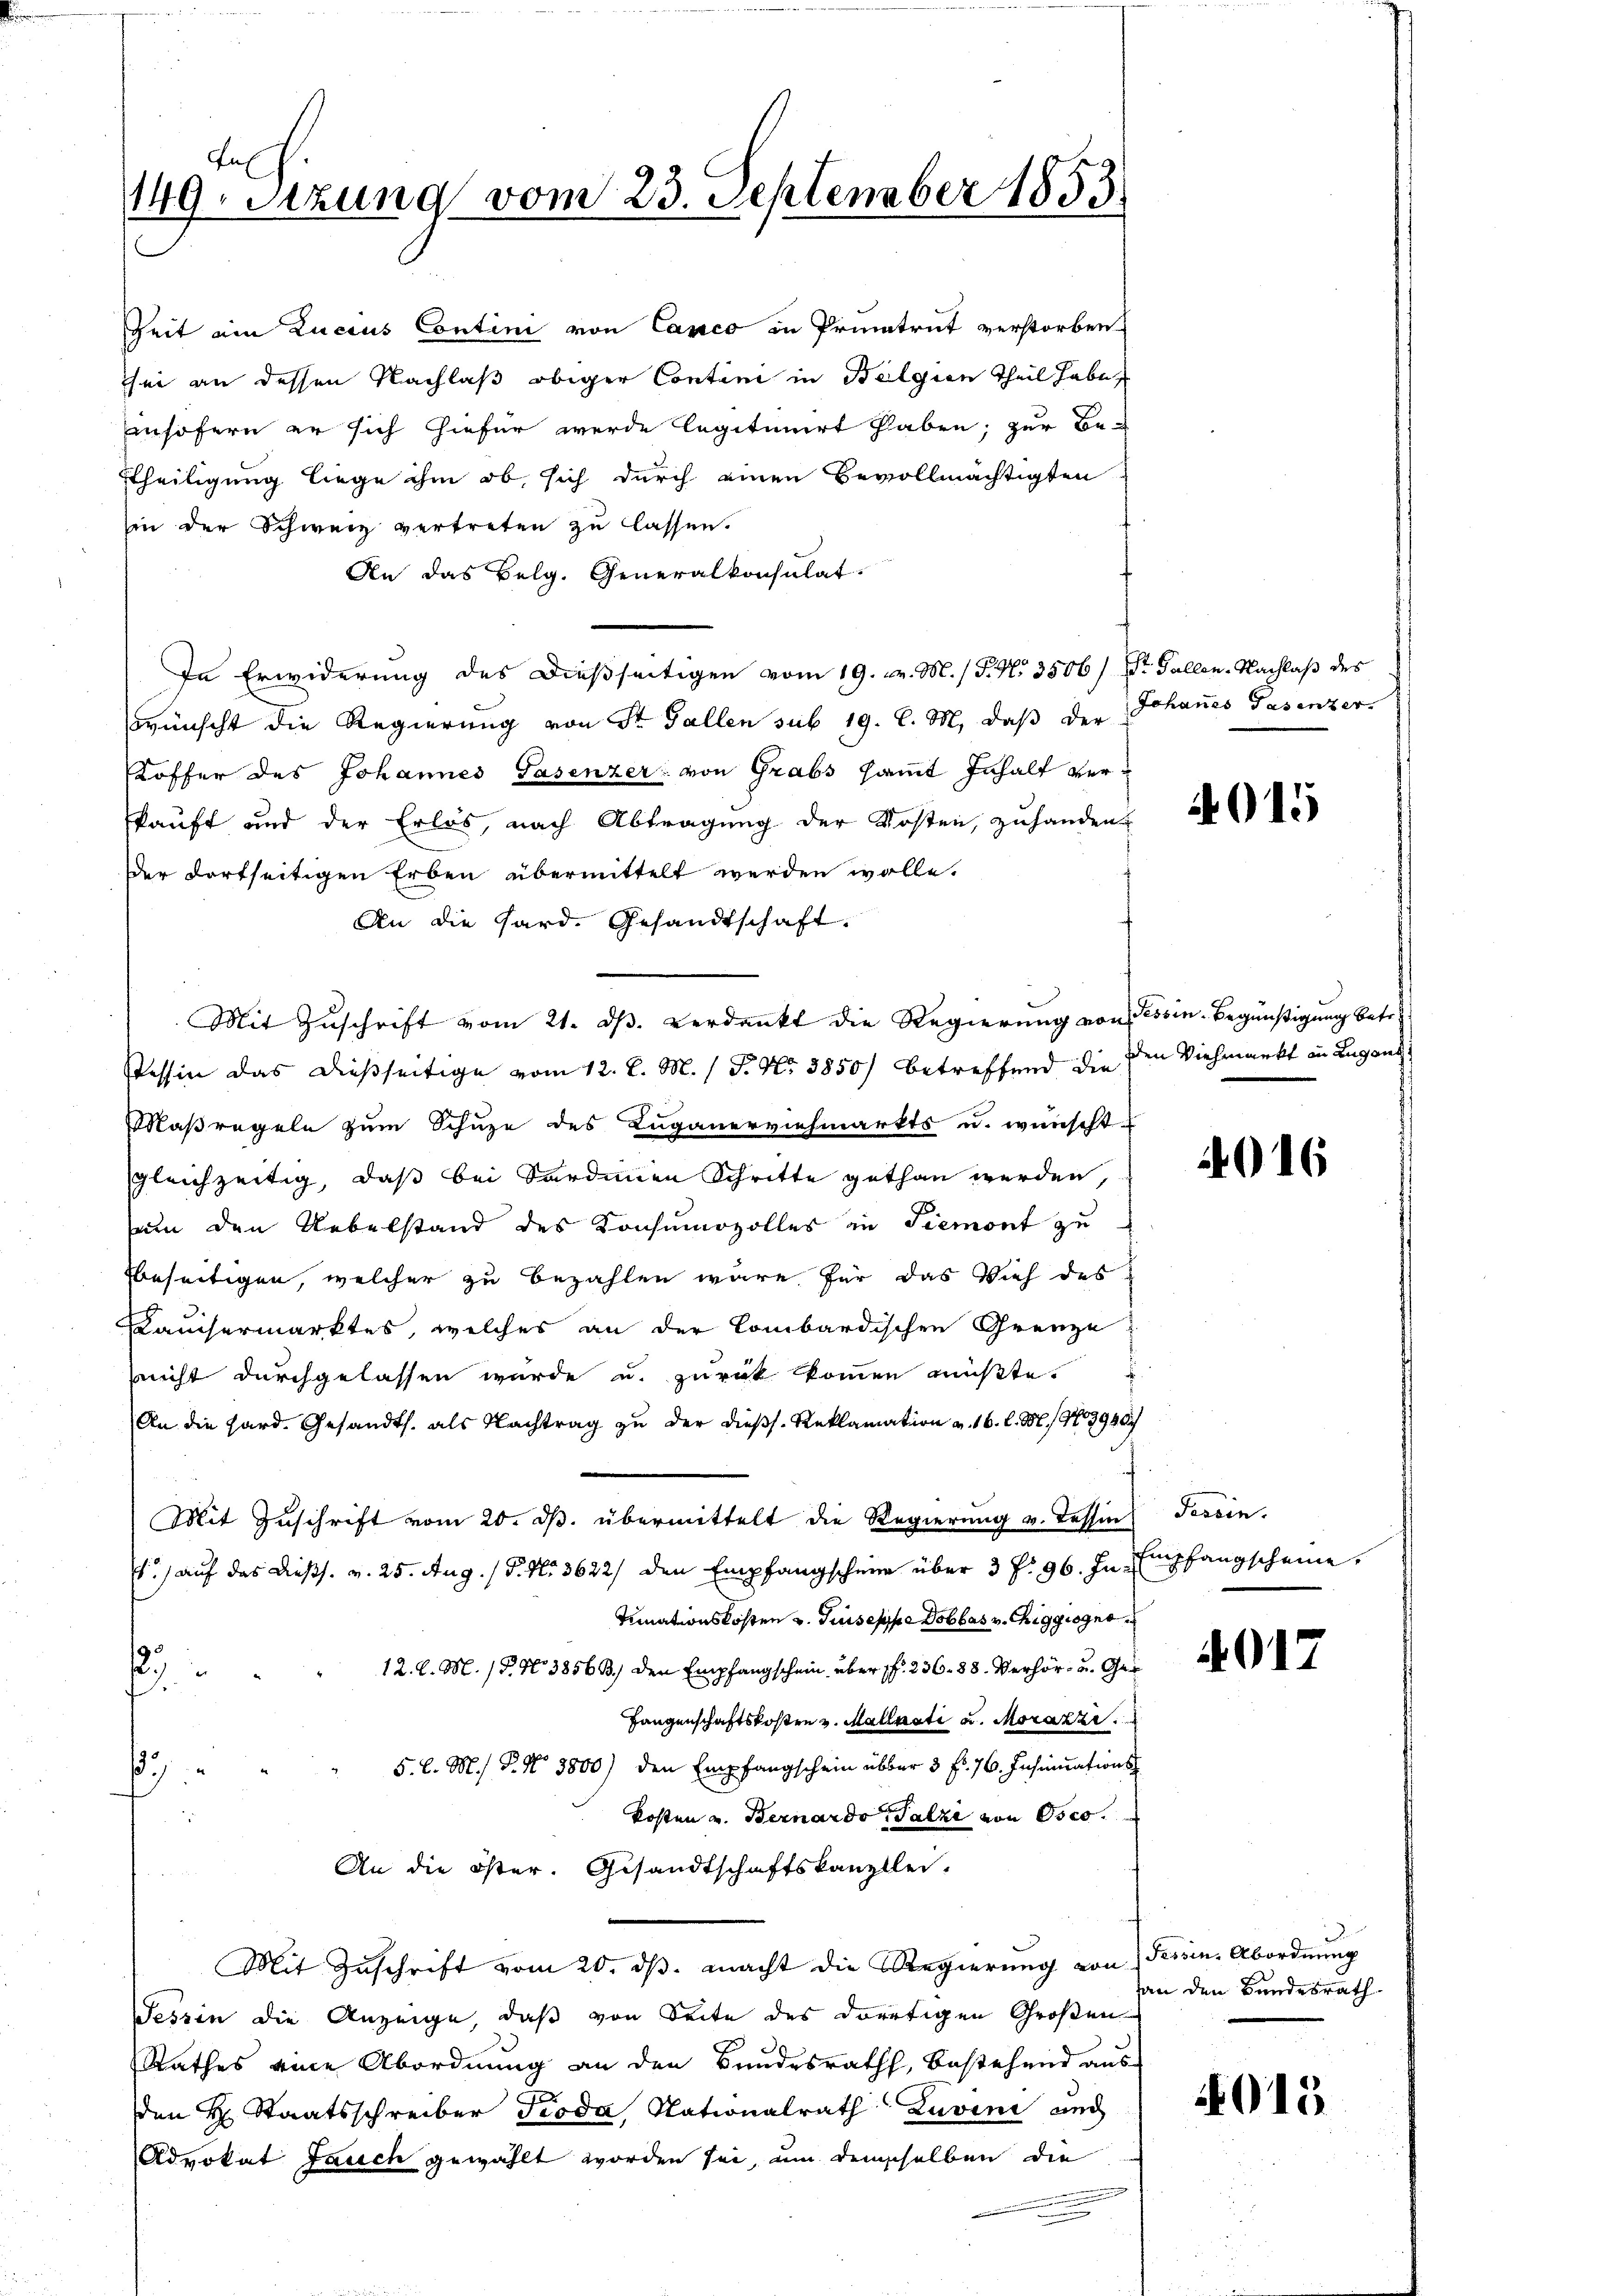
Aus
149. Sizung vom 23. September 1853.

Zeit ein Lucius Contini von Canco in Primatrat verstorben
sei an dessen Nachlaß obiger Contini in Belgien Theil habe
insofern er sich hiefür werde legitimirt haben; zur Be-
ttheiligung liege ihm ob, sich durch einen Bevollmächtigten
Ein der Schweiz vertreten zu lassen.
An das Belg. Generalkonsulat.
In Erwiderung des dießseitigen vom 19. v. M. / P. No 3506/ Dr. Gallen. Nachlaß des
wünscht die Regierung von St. Gallen sub 19. d. M. daß der Johanes Gasenzer.
Koffer des Johannes Gasenzer: von Grabs sammt Inhalt verkauft und der Erlös, nach Abtragung der Kosten, zuhanden,
Der dortseitigen Erben übermittelt werden wolle.
An die Hard. Gesandtschaft.
Mit Zŭschrift vom 21. dβ. verdankt die Regierung von Tessin-Begünstigung betr.
Tessin das dießseitige vom 12. d. M. / P. Nr. 3850) betreffend die
Maßregeln zum Schuze des Luganerviehmarkts u. wünscht
gleichzeitig, daß bei Sardinen Schritte gethan werden,
um den Uebelstand des Konsumozolles in Piemont zu
Beseitigen, welcher zu bezahlen wäre für das Vieh des
Kauchermarktes, welches an der Lombardischen Grenze
nicht durchgelassen wurde u. zurück kommen müßte.
An die Hard. Gesandts. als Nachtrag zu der dießs. Reklamation v. 16. l. 96, 1979940/
Mit Zuschrift vom 20. ds. übermittelt die Regierung v. Tessin
.) auf das Diess. v. 25. Aug. 15. No. 3622) den Empfangschein über 3 f: 96. In Empfangscheine
timationskosten u. Guseppe Dobbes v. Riggiogno
12. l. M. (T. N 3856 B.) Der Empfangschein über ff. 236. 88. Verhör, u. Ger
1
Langenschaftskosten v. Mallati u. Morazze
5. l. M. D. No 3800) den Empfangschein über 3 fl. 76. Insinuations
g
kosten u. Bernardo alzi von Osco.
An die öster. Gesandtschaftskanzlei.
Mit Zuschrift vom 20. ds. macht die Regierung von Tessin, Abordnung
Tessin die Anzeige, daß von Seite des dortigen Großen
Rathes eine Abordnung an den Bundesrath, bestehend aus
den H. Staatsschreiber Pioda, Nationalrath Zuvini auch
Advokat Jauch gewählt worden sei, um demselben die

4015

den Viehmarkt in Lugang

2016

Tessin.

4017

an den Bundesrath

4015